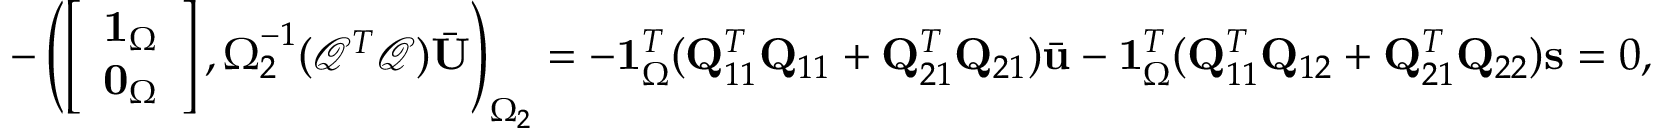
- \left( \left[ \begin{array} { l } { \mathbf { 1 } _ { \Omega } } \\ { \mathbf { 0 } _ { \Omega } } \end{array} \right] , \boldsymbol { \Omega } _ { 2 } ^ { - 1 } ( \mathcal { Q } ^ { T } \mathcal { Q } ) \bar { \mathbf { U } } \right) _ { \Omega _ { 2 } } = - \mathbf { 1 } _ { \Omega } ^ { T } ( \mathbf { Q } _ { 1 1 } ^ { T } \mathbf { Q } _ { 1 1 } + \mathbf { Q } _ { 2 1 } ^ { T } \mathbf { Q } _ { 2 1 } ) \bar { \mathbf { u } } - \mathbf { 1 } _ { \Omega } ^ { T } ( \mathbf { Q } _ { 1 1 } ^ { T } \mathbf { Q } _ { 1 2 } + \mathbf { Q } _ { 2 1 } ^ { T } \mathbf { Q } _ { 2 2 } ) \mathbf { s } = 0 ,